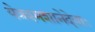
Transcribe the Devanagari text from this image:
येत्रश्मशानेदेवाः